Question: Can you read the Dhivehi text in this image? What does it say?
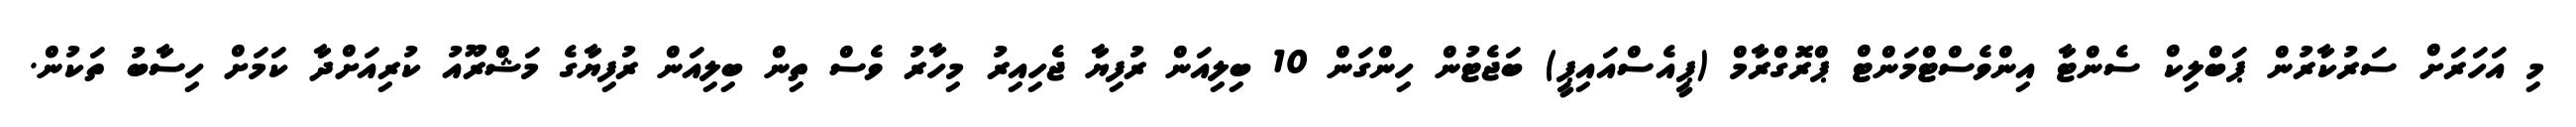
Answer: މި އަހަރަށް ސަރުކާރުން ޕަބްލިކް ސެންޓާ އިންވެސްޓްމަންޓް ޕްރޮގްރާމް (ޕީއެސްއައިޕީ) ބަޖެޓުން ހިންގަން 10 ބިލިއަން ރުފިޔާ ޖެހިއިރު މިހާރު ވެސް ތިން ބިލިއަން ރުފިޔާގެ މަޝްރޫއު ކުރިއަށްދާ ކަމަށް ހިސާބު ތަކުން.